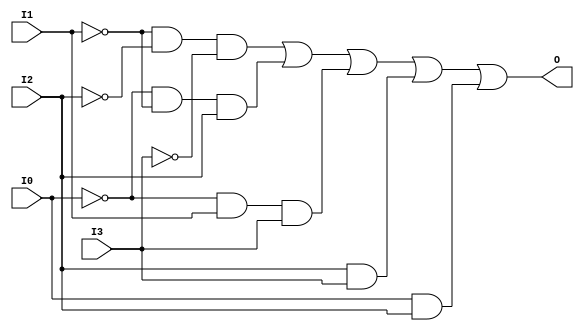
module main( 
   input I0,
   input I1,
   input I2,
   input I3,
   output O 
);

//define wires,0-3 for input,13 for output
wire s_logisimNet0;
wire s_logisimNet1;
wire s_logisimNet2;
wire s_logisimNet3;
wire s_logisimNet4;
wire s_logisimNet5;
wire s_logisimNet6;
wire s_logisimNet7;
wire s_logisimNet8;
wire s_logisimNet9;
wire s_logisimNet10;
wire s_logisimNet11;
wire s_logisimNet12;
wire s_logisimNet13;

//connect input
assign s_logisimNet0 = I0;
assign s_logisimNet1 = I1;
assign s_logisimNet2 = I2;
assign s_logisimNet3 = I3;

//connect output
assign O = s_logisimNet13;

// inverter parts
assign s_logisimNet4 = ~s_logisimNet0;
assign s_logisimNet5 = ~s_logisimNet1;
assign s_logisimNet6 = ~s_logisimNet2;
assign s_logisimNet7 = ~s_logisimNet3;

// all gates part
assign s_logisimNet8 = s_logisimNet5 & s_logisimNet6 & s_logisimNet7;
assign s_logisimNet9 = s_logisimNet4 & s_logisimNet5 & s_logisimNet2;
assign s_logisimNet10 = s_logisimNet4 & s_logisimNet1 & s_logisimNet3;
assign s_logisimNet11 = s_logisimNet2 & s_logisimNet3;
assign s_logisimNet12 = s_logisimNet0 & s_logisimNet2;
assign s_logisimNet13 = s_logisimNet8 | s_logisimNet9 | s_logisimNet10 | s_logisimNet11 | s_logisimNet12; 

endmodule